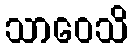
သာဝေသိ